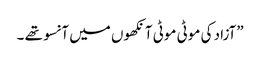
”آزاد کی موٹی موٹی آنکھوں میں آنسو تھے ۔